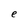
Character: e